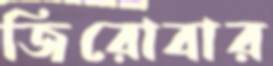
জিরোবার